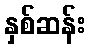
နှစ်ဆန်း